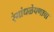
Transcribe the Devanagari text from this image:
रंगांधळेपणाचा